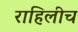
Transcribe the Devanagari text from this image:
राहिलीच